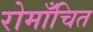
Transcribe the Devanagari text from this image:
रोमाँचित